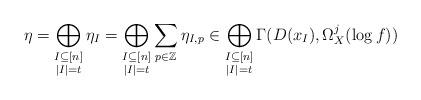
LaTeX: \begin{align*}\eta = \bigoplus_{\substack{I \subseteq [n] \\ |I| = t}} \eta_{I} = \bigoplus_{\substack{I \subseteq [n] \\ |I| = t}}\sum_{p \in \mathbb{Z}} \eta_{I,p} \in \bigoplus_{\substack{I \subseteq [n] \\ |I| = t}} \Gamma(D(x_{I}), \Omega_{X}^{j}(\log f)) \end{align*}